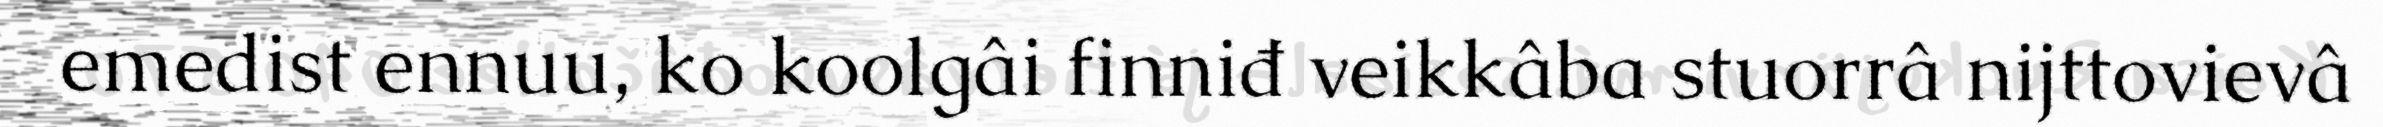
emedist ennuu, ko koolgâi finniđ veikkâba stuorrâ nijttovievâ